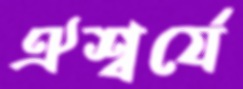
ঐশ্বর্যে